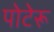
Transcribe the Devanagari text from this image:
पोटेरू